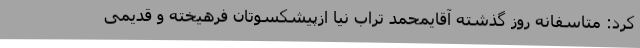
کرد: متاسفانه روز گذشته آقایمحمد تراب نیا ازپیشکسوتان فرهیخته و قدیمی